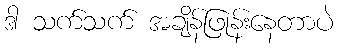
ဒါ သက်သက် အချိန်ဖြုန်းနေတာပဲ